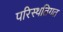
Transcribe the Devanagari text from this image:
परिस्थतिगत